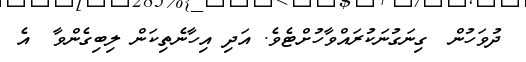
ދުވަހުން  ގިނަގުނަކުރައްވާހުށްޓެވެ. އަދި އިހާނެތިކަން ލިބިގެންވާ  އެ